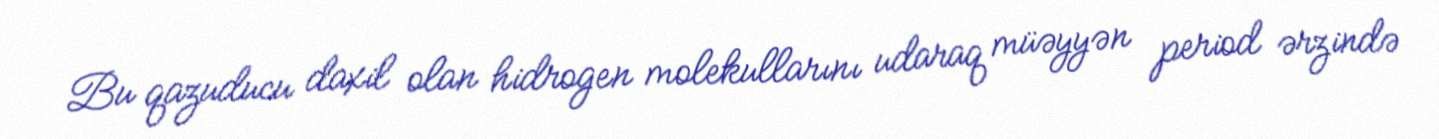
Bu qazuducu daxil olan hidrogen molekullarını udaraq müəyyən period ərzində